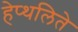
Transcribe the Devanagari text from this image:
हेप्थलिते